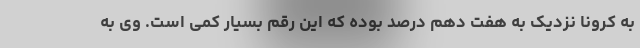
به کرونا نزدیک به هفت دهم درصد بوده که این رقم بسیار کمی است. وی به